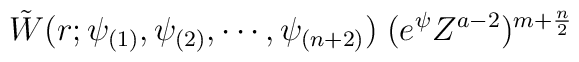
\tilde{W} (r; \psi_{(1)}, \psi_{(2)}, \cdots, \psi_{(n + 2)}) \; ( e^{\psi} Z^{a - 2} )^{m + \frac{n}{2}} \;